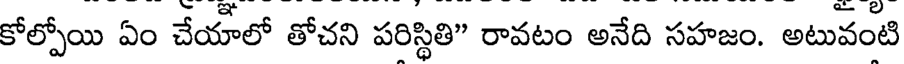
కోల్పోయి ఏం చేయాలో తోచని పరిస్థితి" రావటం అనేది సహజం. అటువంటి